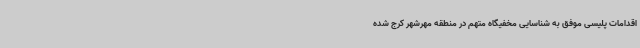
اقدامات پلیسی موفق به شناسایی مخفیگاه متهم در منطقه مهرشهر کرج شده